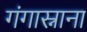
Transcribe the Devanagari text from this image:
गंगास्नाना